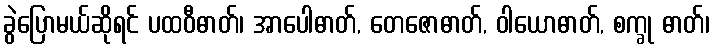
ခွဲပြောမယ်ဆိုရင် ပထဝီဓာတ်၊ အာပေါဓာတ်, တေဇောဓာတ်, ဝါယောဓာတ်, စက္ခု ဓာတ်၊